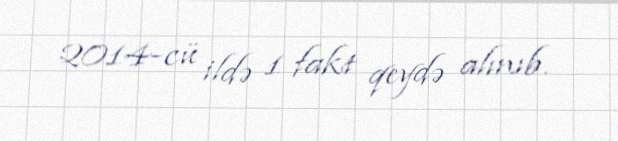
2014-cü ildə 1 fakt qeydə alınıb.